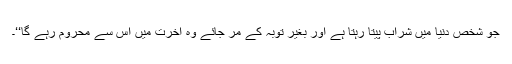
جو شخص دنیا میں شراب پیتا رہتا ہے اور بغیر توبہ کے مر جائے وہ آخرت میں اس سے محروم رہے گا‘‘۔